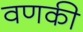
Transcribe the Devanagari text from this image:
वणकी